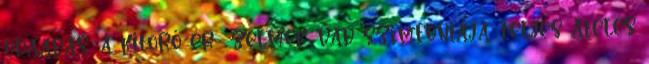
odaadás, a kitörő ér- zelmek vad szimfóniája, teljes átélés